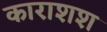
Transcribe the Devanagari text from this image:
काराशश